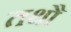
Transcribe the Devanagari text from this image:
तथौ